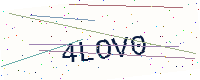
Text: 4LOV0